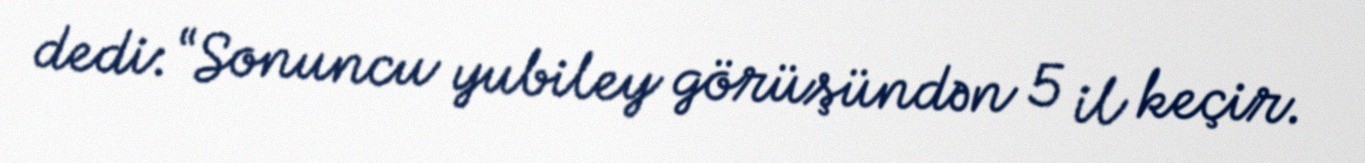
dedi: “Sonuncu yubiley görüşündən 5 il keçir.